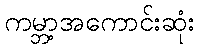
ကမ္ဘာ့အကောင်းဆုံး